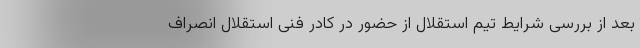
بعد از بررسی شرایط تیم استقلال از حضور در کادر فنی استقلال انصراف